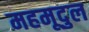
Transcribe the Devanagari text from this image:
महमूदुल